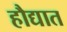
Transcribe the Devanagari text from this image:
हौद्यात